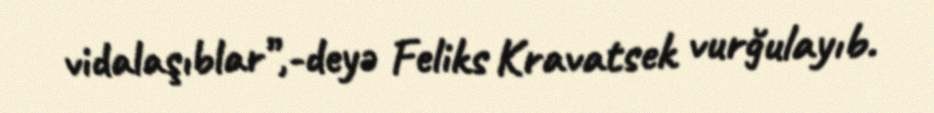
vidalaşıblar”,-deyə Feliks Kravatsek vurğulayıb.